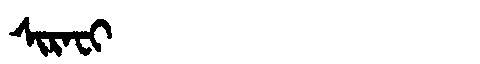
Manchu: ᠰᡳᡵᠠᠸᡳ
Romanization: SIRAFI